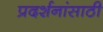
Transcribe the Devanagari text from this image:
प्रदर्शनांसाठी